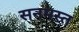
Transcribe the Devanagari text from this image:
सनमस्त